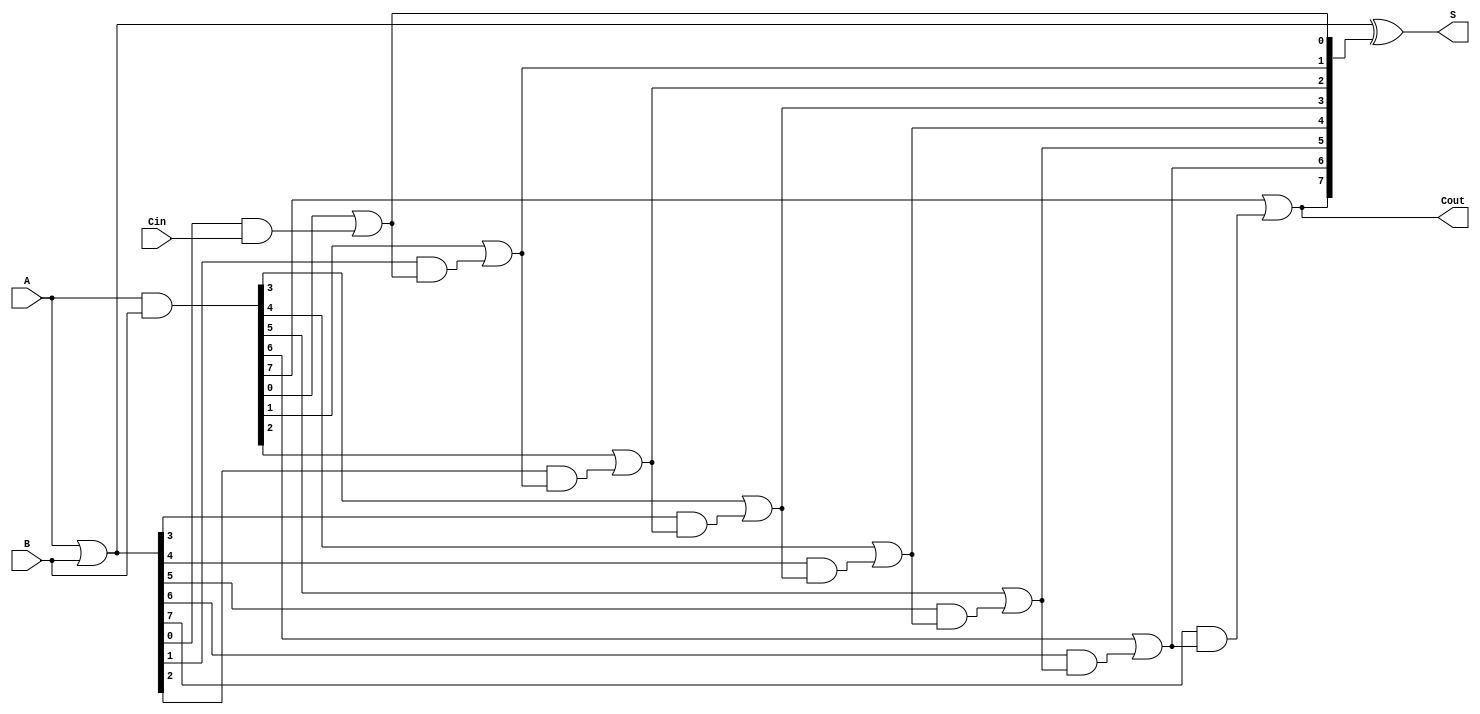
module brent_kung_adder #(parameter N = 8) (
    input  wire [N-1:0] A,      // First n-bit input
    input  wire [N-1:0] B,      // Second n-bit input
    input  wire Cin,             // Carry-in
    output wire [N-1:0] S,       // n-bit sum output
    output wire Cout             // Carry-out
);

    // Generate and Propagate signals
    wire [N-1:0] G; // Generate
    wire [N-1:0] P; // Propagate
    wire [N:0] C;   // Carry signals

    // Generate and Propagate calculations
    assign G = A & B;          // G[i] = A[i] AND B[i]
    assign P = A | B;          // P[i] = A[i] OR B[i]

    // Carry initialization
    assign C[0] = Cin;         // C[0] = Cin

    // Carry generation stages
    genvar i, j;
    generate
        // Stage 1
        for (i = 0; i < N; i = i + 1) begin
            assign C[i+1] = G[i] | (P[i] & C[i]);
        end

        // Additional stages can be added here for larger N
        // For simplicity, we are using a single stage in this example
    endgenerate

    // Sum calculation
    assign S = P ^ C[N:1]; // S[i] = P[i] XOR C[i-1]

    // Final carry-out
    assign Cout = C[N]; // Cout = C[n]

endmodule